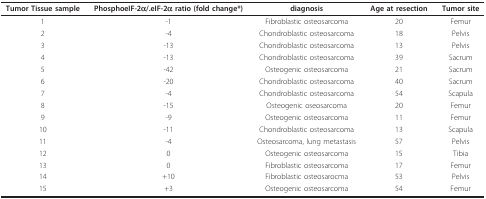
<table><thead><tr><td><b>Tumor Tissue sample</b></td><td><b>PhosphoeIF-2α/.eIF-2α ratio (fold change*)</b></td><td><b>diagnosis</b></td><td><b>Age at resection</b></td><td><b>Tumor site</b></td></tr></thead><tbody><tr><td>1</td><td>-1</td><td>Fibroblastic osteosarcoma</td><td>20</td><td>Femur</td></tr><tr><td>2</td><td>-4</td><td>Chondroblastic osteosarcoma</td><td>18</td><td>Pelvis</td></tr><tr><td>3</td><td>-13</td><td>Chondroblastic osteosarcoma</td><td>13</td><td>Pelvis</td></tr><tr><td>4</td><td>-13</td><td>Chondroblastic osteosarcoma</td><td>39</td><td>Sacrum</td></tr><tr><td>5</td><td>-42</td><td>Osteogenic osteosarcoma</td><td>21</td><td>Sacrum</td></tr><tr><td>6</td><td>-20</td><td>Chondroblastic osteosarcoma</td><td>40</td><td>Sacrum</td></tr><tr><td>7</td><td>-4</td><td>Chondroblastic osteosarcoma</td><td>54</td><td>Scapula</td></tr><tr><td>8</td><td>-15</td><td>Osteogenic oseosarcoma</td><td>20</td><td>Femur</td></tr><tr><td>9</td><td>-9</td><td>Osteogenic osteosarcoma</td><td>11</td><td>Femur</td></tr><tr><td>10</td><td>-11</td><td>Chondroblastic osteosarcoma</td><td>13</td><td>Scapula</td></tr><tr><td>11</td><td>-4</td><td>Osteosarcoma, lung metastasis</td><td>57</td><td>Pelvis</td></tr><tr><td>12</td><td>0</td><td>Osteogenic osteosarcoma</td><td>15</td><td>Tibia</td></tr><tr><td>13</td><td>0</td><td>Fibroblastic osteosarcoma</td><td>17</td><td>Femur</td></tr><tr><td>14</td><td>+10</td><td>Fibroblastic osteosarocma</td><td>53</td><td>Pelvis</td></tr><tr><td>15</td><td>+3</td><td>Osteogenic osteosarcoma</td><td>54</td><td>Femur</td></tr></tbody></table>